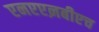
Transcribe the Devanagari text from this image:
एनएएऩबीएच